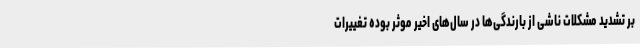
بر تشدید مشکلات ناشی از بارندگی‌ها در سال‌های اخیر موثر بوده تغییرات